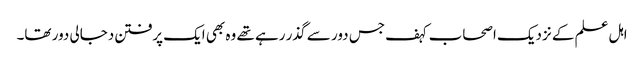
اہل علم کے نزدیک اصحاب کہف جس دور سے گذر رہے تھے وہ بھی ایک پرفتن دجالی دور تھا۔